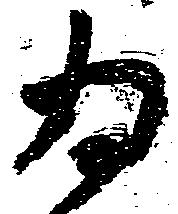
為